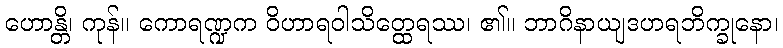
ဟောန္တိ၊ ကုန်။ ကောရဏ္ဍက ဝိဟာရဝါသိတ္ထေရဿ၊ ၏။ ဘာဂိနာယျဒဟရဘိက္ခုနော၊